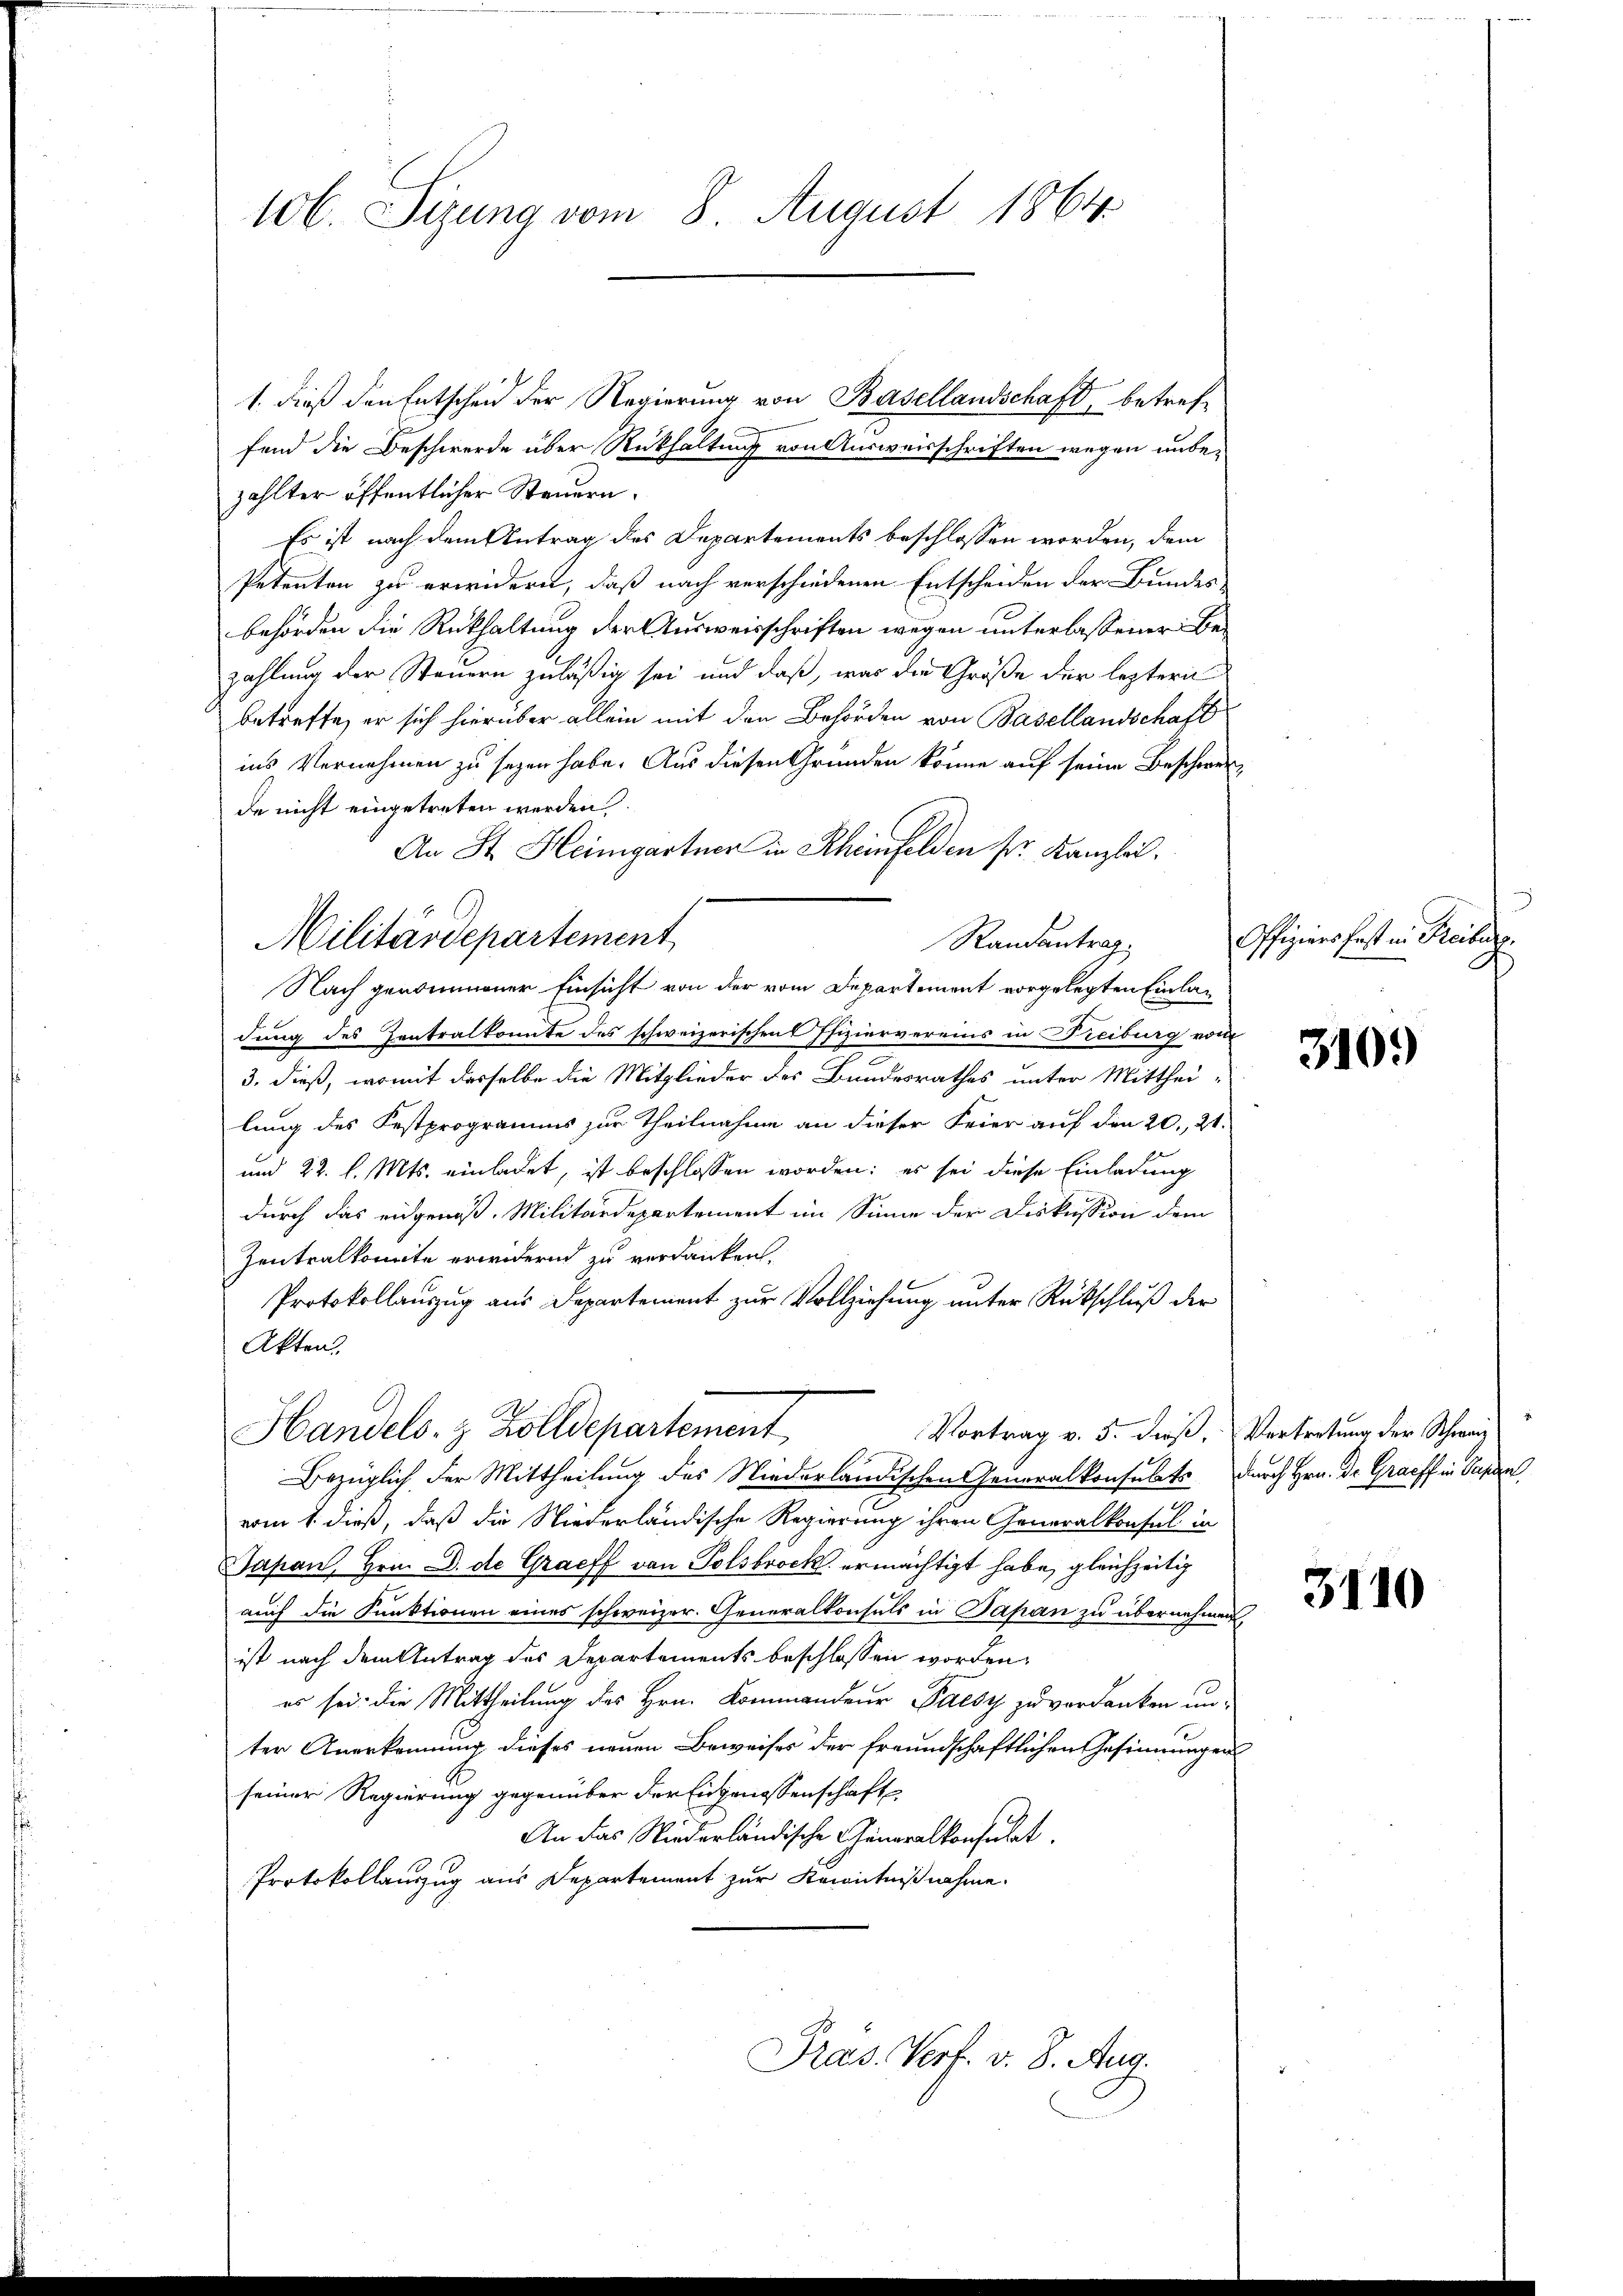
106. Sizung vom 8. August 1864.

1. dieß den Entscheid der Regierung von Basellandschaft, betreffend die Beschwerde über Rückhaltung von Ausweisschriften wegen unbezahlter öffentlicher Steuern.
Es ist nach dem Antrag des Departements beschlossen worden, dem
Petenten zu erwidern, daß nach verschiedenen Entscheiden der Bundes-
behörden die Rückhaltung der Ausweisschriften wegen unterlassener Bezahlung der Steuern zuläßig sei und daß, was die Größe der leztern
betreffe, er sich hierüber allein mit den Behörden von Basellandschaft
ins Vernehmen zu sezen habe. Aus diesen Gründen könne auf seine Beschwer
de nicht eingetreten werden.
An St. Heimgartner in Rheinfelden sr. Kanzlei.
Randantrag
Nach genommener Einsicht von der vom Departement vorgelegten Einladung des Zentralkonnte des schweizerischen Pfiziervereins in Freiburg vom
3. dieß, womit desselbe die Mitglieder des Bundesrathes unter Mitthei-
lung des Festprogramms zur Theilnahme an dieser Feier auf den 20. 21.
und 22. l. Mts. einladet, ist beschlossen worden; es sei diese Einladung
durch das eidgenoß. Militärdepartement im Sinne der Diskussion dem
Zentralkomite erwidernd zu verdanken.
Protokollauszug aus Departement zur Vollziehung unter Rückschluß der
Akten.
Handels- & Zolldepartement
Vortrag v. 5. dieß,
Bezüglich der Mittheilung des Niederländischen Generalkonsulats
vom 1. dieß, daß die Niederländische Regierung ihren Generalkonsul in
Japan Hrn. D. de Graeff von Tolsbrock ermächtigt habe, gleichzeitig
auch die Funktionen eines schweizer. Generalkonsuls in Papan zu übernehmen
ist nach dem Antrag des Departements beschlossen worden,
es sei. die Mittheilung des Hrn. Kommandeur Paesy zu verdanken unter Anerkennung dieses neuen Beweises der freundschaftlichen Gesinnungen
seiner Regierung gegenüber der Eidgenossenschaft
An das Niederländische Generalkonsulat
Protokollauszug aus Departement zur Kenntnißnahme.

Militärdepartement

Präs. Verf. v. 8. Aug.

Offiziers fest in Freiburg

l

3109

Vertretung der Schweiz
durch Hrn. Dr. Graff in Cassat

3110